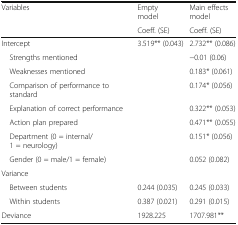
| <ROWSPAN=2> Variables | Empty model | Main effects model |
 | Coeff. (SE) | Coeff. (SE) |
 | --- | --- | --- |
 | Intercept | 3.519** (0.043) | 2.732** (0.086) |
 | Strengths mentioned |  | −0.01 (0.06) |
 | Weaknesses mentioned |  | 0.183* (0.061) |
 | Comparison of performance to standard |  | 0.174* (0.056) |
 | Explanation of correct performance |  | 0.322** (0.053) |
 | Action plan prepared |  | 0.471** (0.055) |
 | Department (0 = internal/1 = neurology) |  | 0.151* (0.056) |
 | Gender (0 = male/1 = female) |  | 0.052 (0.082) |
 | <COLSPAN=3> Variance |
 | Between students | 0.244 (0.035) | 0.245 (0.033) |
 | Within students | 0.387 (0.021) | 0.291 (0.015) |
 | Deviance | 1928.225 | 1707.981** |